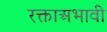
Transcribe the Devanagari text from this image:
रक्ताअभावी